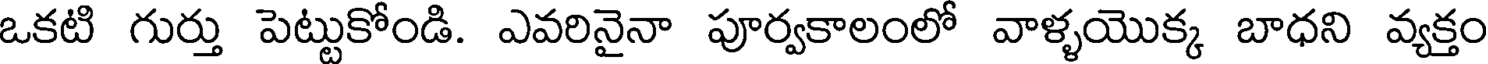
ఒకటి గుర్తు పెట్టుకోండి. ఎవరినైనా పూర్వకాలంలో వాళ్ళయొక్క బాధని వ్యక్తం